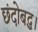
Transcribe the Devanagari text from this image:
छंदोबद्ध।